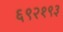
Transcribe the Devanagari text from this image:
६९२१९३